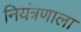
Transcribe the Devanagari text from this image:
नियंत्रणाला